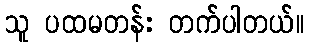
သူ ပထမတန်း တက်ပါတယ်။